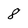
Character: 8